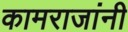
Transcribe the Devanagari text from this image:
कामराजांनी